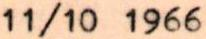
11/10 1966